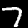
Label: 7